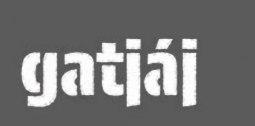
gatjáj